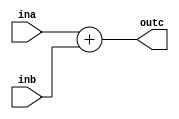
module thirtytwobitadder(ina, inb, outc);

input [31:0]ina, inb;

output [31:0]outc;

assign outc = ina + inb;

endmodule